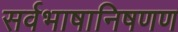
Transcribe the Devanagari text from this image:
सर्वभाषानिषणण